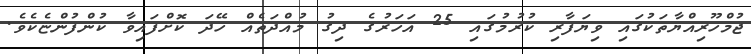
ޖުމްހޫރިއްޔާތަކުގައި ވިޔަފާރި ކުރުމުގައި 25 އަހަރުގެ ދިގު މުއްދަތެއް ހޭދަ ކޮށްފައިވާ ކުންފުންޏެކެވެ.